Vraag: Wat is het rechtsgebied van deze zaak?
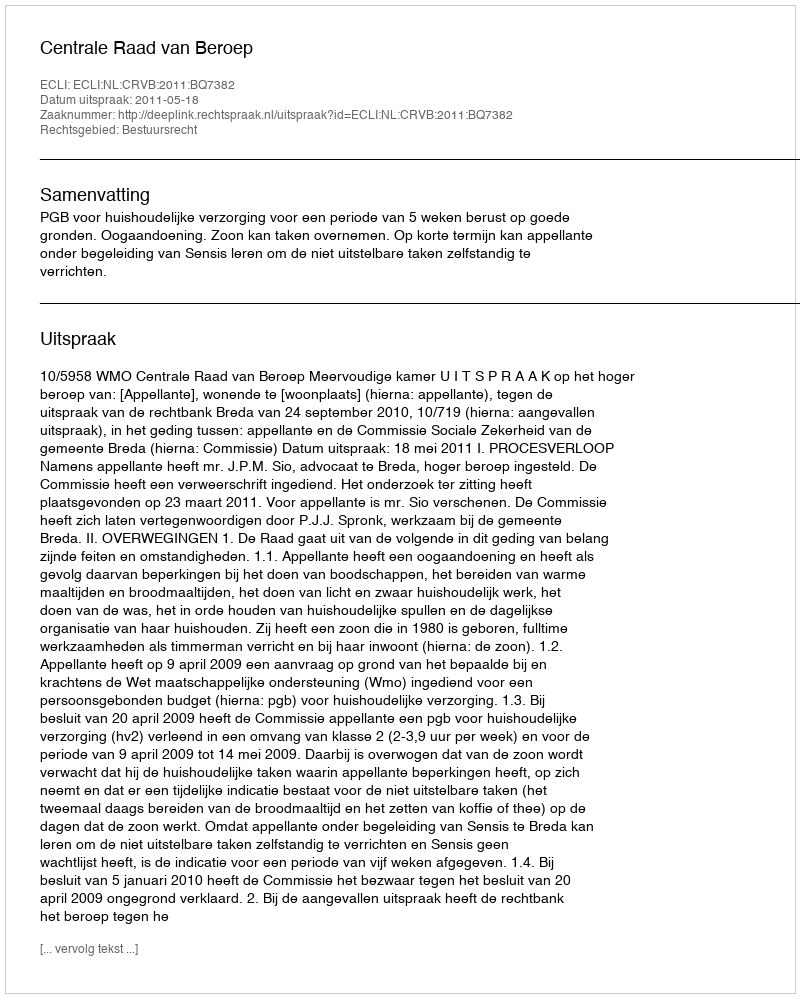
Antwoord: Bestuursrecht